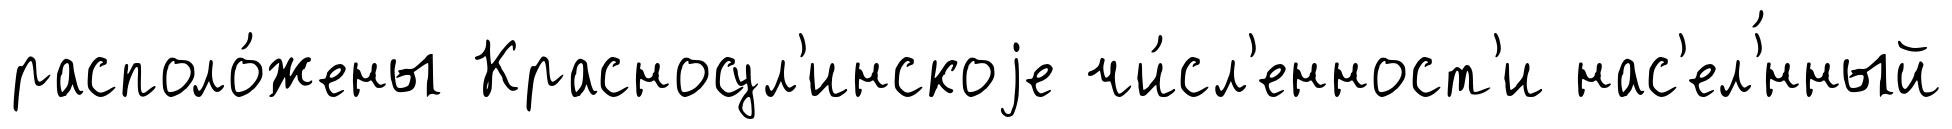
располо́жены Красносул'инскоjе чи́сл'енност'и нас'ел'́нный